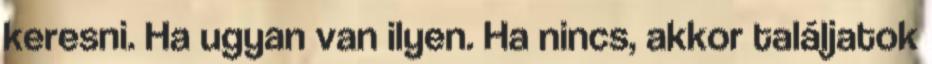
keresni. Ha ugyan van ilyen. Ha nincs, akkor találjatok